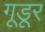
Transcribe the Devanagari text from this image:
गूडूर